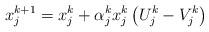
LaTeX: \begin{align*}x^{k+1}_{j}=x^{k}_{j}+\alpha^{k}_{j}x^{k}_{j}\left(U^{k}_{j}-V^{k}_{j}\right)\end{align*}